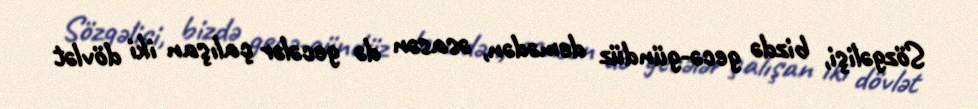
Sözgəlişi, bizdə gecə-gündüz demədən, əsasən də gecələr çalışan iki dövlət